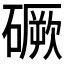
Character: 𥕲